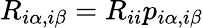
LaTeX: R_{i\alpha,i\beta}=R_{ii}p_{i\alpha,i\beta}